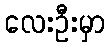
လေးဦးမှာ